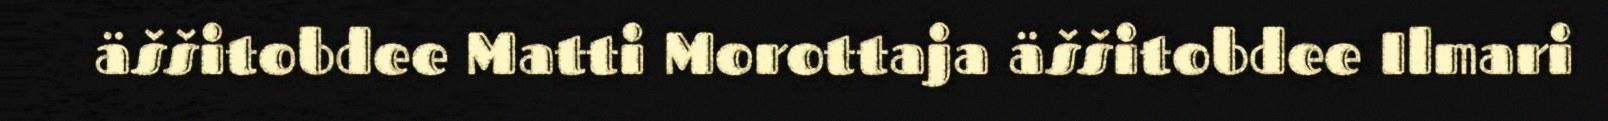
äššitobdee Matti Morottaja äššitobdee Ilmari